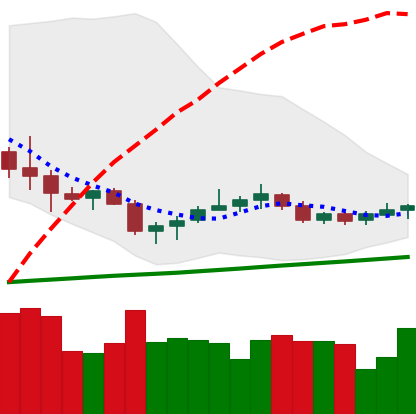
Ticker: NEO-USD
Chart end date: 2020-10-19
Forward return: 4.34%
Label: up_3_5